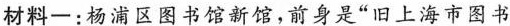
材料一：杨浦区图书馆新馆，前身是”旧上海市图书